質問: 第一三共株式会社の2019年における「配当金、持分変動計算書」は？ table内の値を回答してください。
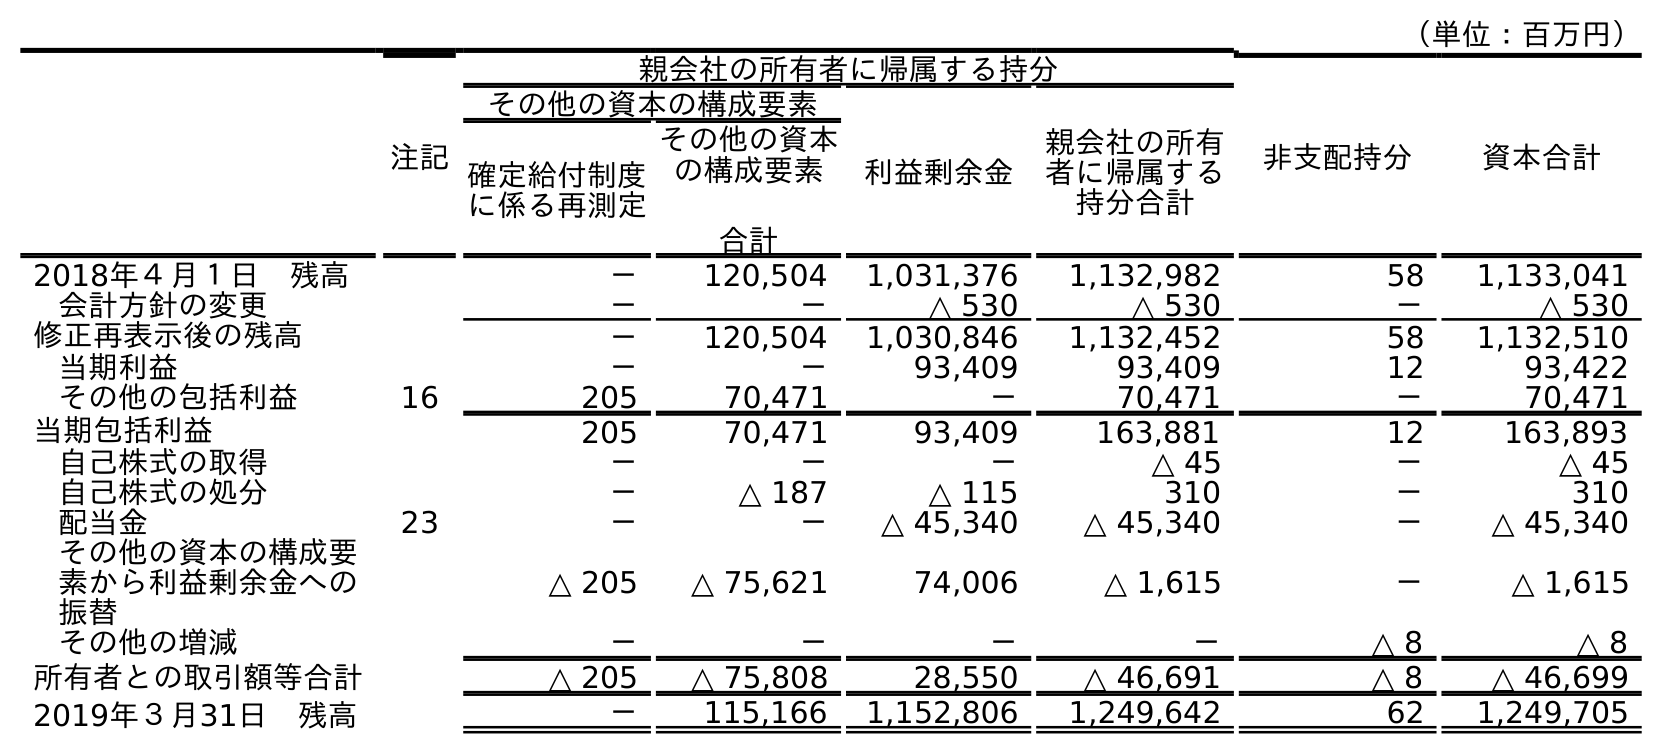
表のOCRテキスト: （単位：百万円） 注記 親会社の所有者に帰属する持分 非支配持分 資本合計 その他の資本の構成要素 利益剰余金 親会社の所有 者に帰属する 持分合計 確定給付制度 に係る再測定 その他の資本 の構成要素 合計 2018年４月１日 残高 － 120,504 1,031,376 1,132,982 58 1,133,041 会計方針の変更 － － △ 530 △ 530 － △ 530 修正再表示後の残高 － 120,504 1,030,846 1,132,452 58 1,132,510 当期利益 － － 93,409 93,409 12 93,422 その他の包括利益 16 205 70,471 － 70,471 － 70,471 当期包括利益 205 70,471 93,409 163,881 12 163,893 自己株式の取得 － － － △ 45 － △ 45 自己株式の処分 － △ 187 △ 115 310 － 310 配当金 23 － － △ 45,340 △ 45,340 － △ 45,340 その他の資本の構成要 素から利益剰余金への 振替 △ 205 △ 75,621 74,006 △ 1,615 － △ 1,615 その他の増減 － － － － △ 8 △ 8 所有者との取引額等合計 △ 205 △ 75,808 28,550 △ 46,691 △ 8 △ 46,699 2019年３月31日 残高 － 115,166 1,152,806 1,249,642 62 1,249,705
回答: △45,340